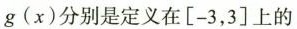
g ( x )$$ 分别是定义在[-3，3]上的